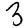
Digit: 3